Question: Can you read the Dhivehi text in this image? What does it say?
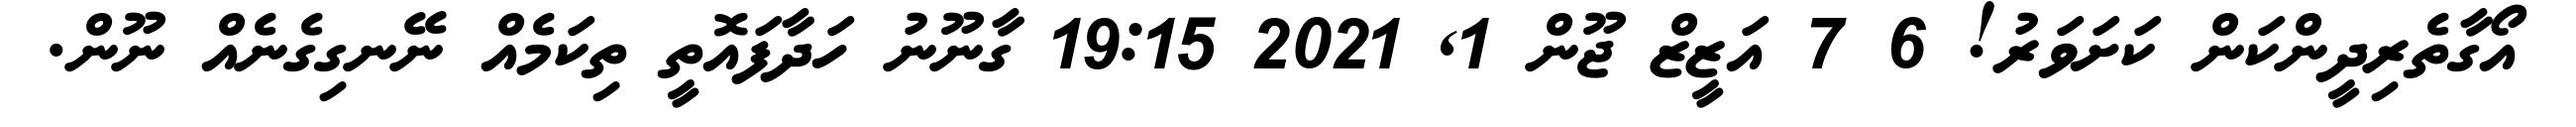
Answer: އޯގާތެރިދީންކަން ކަށަވަރު! 6 7 އަޒީޒް ޖޫން 1, 2021 19:15 ގާނޫނު ހަދާފައޮތީ ތިކަމެއް ނޭނގިގެނެއް ނޫން.